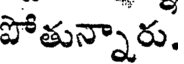
పోతున్నారు.